Malaria in the Duars
Disease focus: Malaria
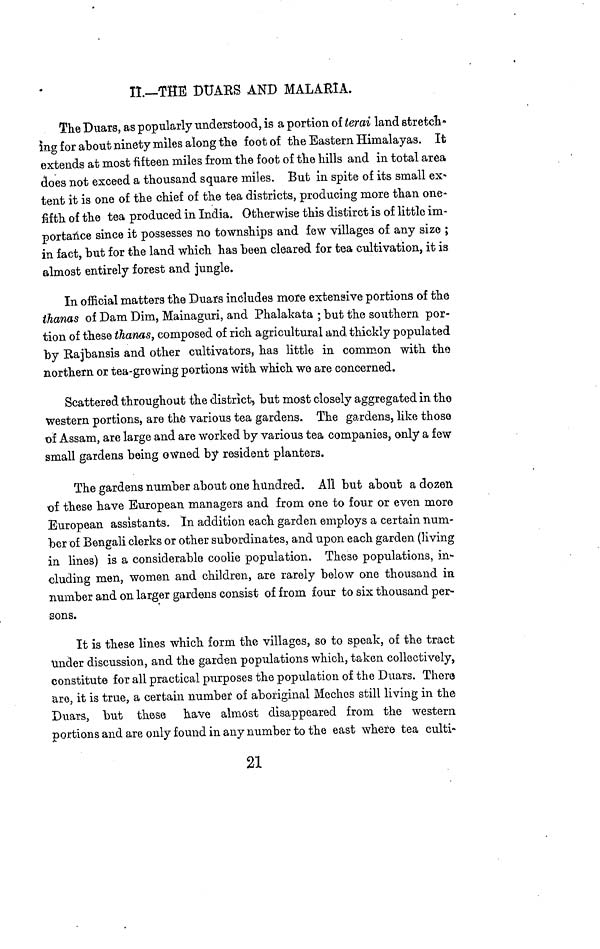
II—THE DUARS AND MALARIA.
The Duars, as popularly understood, is a portion of terai land stretch.
ing for about ninety miles along the foot of the Eastern Himalayas. It
extends at most fifteen miles from the foot of the hills and in total area
does not exceed a thousand square miles. But in spite of its small ex.
tent it is one of the chief of the tea districts, producing more than one*
fifth of the tea produced in India. Otherwise this distirct is of little im-
portance since it possesses no townships and few villages of any size ;
in fact, but for the land which has been cleared for tea cultivation, it is
almost entirely forest and jungle.
In official matters the Duars includes more extensive portions of the
thanas of Dam Dim, Mainaguri, and Phalakata ; but the southern por-
tion of these thanas, composed of rich agricultural and thickly populated
by Rajbansis and other cultivators, has little in common with the
northern or tea-growing portions with which we are concerned.
Scattered throughout the district, but most closely aggregated in the
western portions, are the various tea gardens. The gardens, like those
of Assam, are large and are worked by various tea companies, only a few
small gardens being owned by resident planters.
The gardens number about one hundred. All but about a dozen
•of these have European managers and from one to four or even more
European assistants. In addition each garden employs a certain num-
ber of Bengali clerks or other subordinates, and upon each garden (living
in lines) is a considerable coolie population. These populations, in-
cluding men, women and children, are rarely below one thousand in
number and on larger gardens consist of from four to six thousand per-
sons.
It is these lines which form the villages, so to speak, of the tract
under discussion, and the garden populations which, taken collectively,
constitute for all practical purposes the population of the Duars. There
are, it is true, a certain number of aboriginal Meches still living in the
Duars, but these have almost disappeared from the western
portions and are only found in any number to the east where tea culti-
21